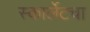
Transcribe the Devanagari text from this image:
स्कार्लेटचा